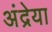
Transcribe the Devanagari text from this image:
अंद्रेया